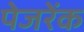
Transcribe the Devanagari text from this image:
पेजरेंक